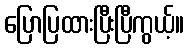
ပြောပြထားပြီးပြီကွယ့်။